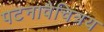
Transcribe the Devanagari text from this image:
पटनावैचित्रय